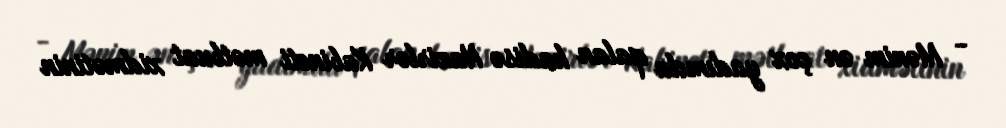
- Mənim ən çox yadımda qalan hadisə Nazirlər Kabineti mətbuat xidmətinin